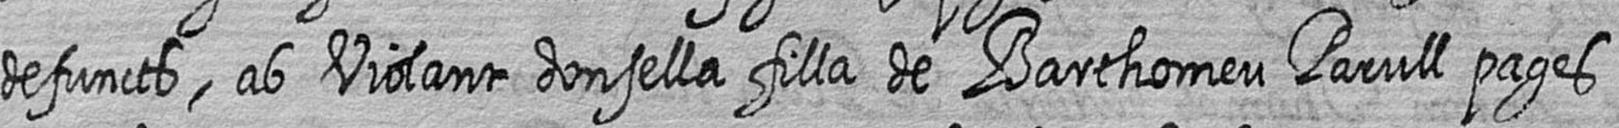
defuncts ab Violant donsella filla de Barthomeu Parull pages